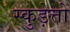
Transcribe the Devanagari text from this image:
स्कुड़ेत्तो